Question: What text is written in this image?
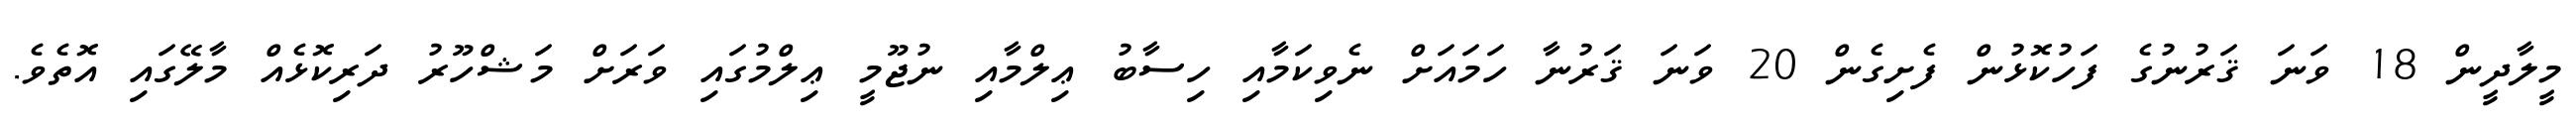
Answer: މީލާދީން 18 ވަނަ ޤަރުނުގެ ފަހުކޮޅުން ފެށިގެން 20 ވަނަ ޤަރުނާ ހަމައަށް ނެވިކަމާއި ހިސާބު ޢިލްމާއި ނުޖޫމީ ޢިލްމުގައި ވަރަށް މަޝްހޫރު ދަރިކޮޅެއް މާލޭގައި އޮތެވެ.